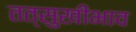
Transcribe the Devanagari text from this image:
तत्सुखीभाव